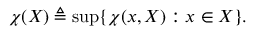
\chi ( X ) \triangleq \operatorname* { s u p } \{ \chi ( x , X ) : x \in X \} .